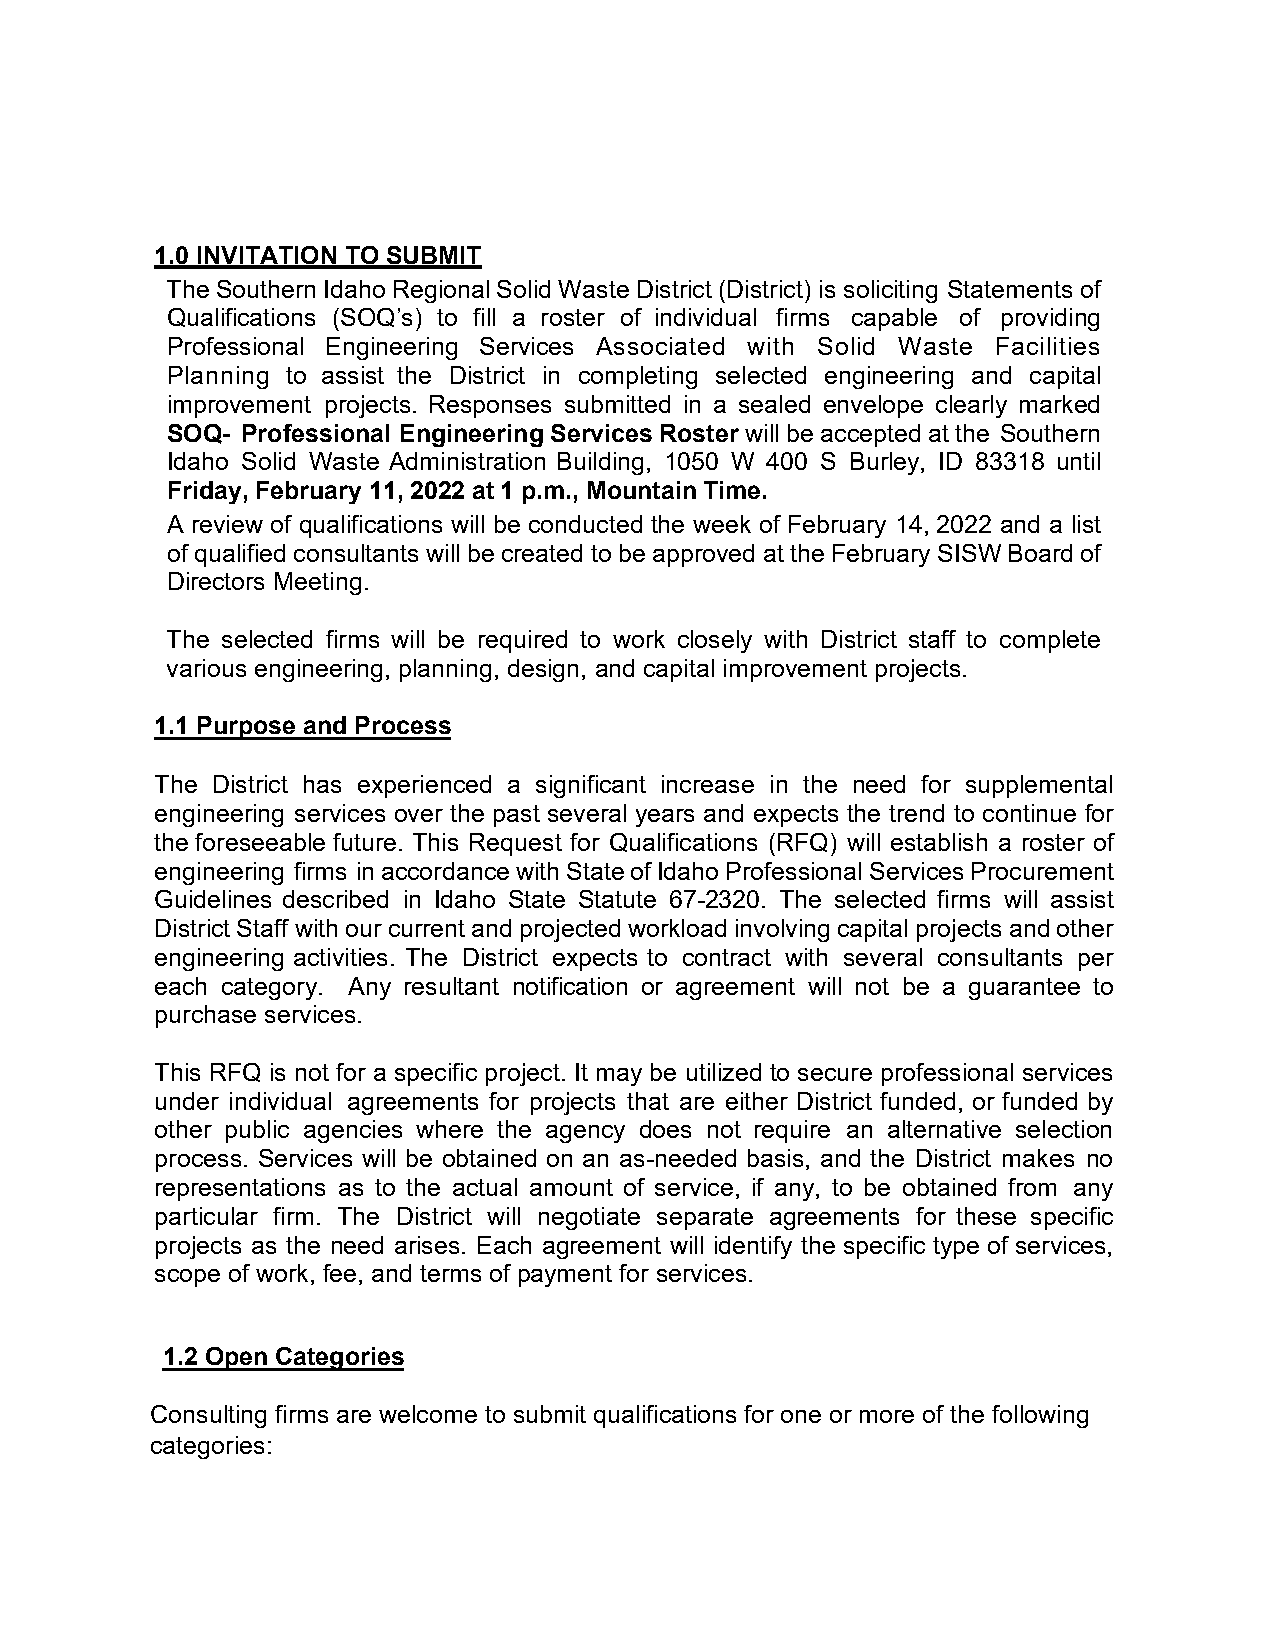
1.0 INVITATION TO SUBMIT
 The Southern Idaho Regional Solid Waste District (District) is soliciting Statements of
 Qualifications (SOQ’s) to fill a roster of individual firms capable of providing
 Professional Engineering Services Associated with Solid Waste Facilities
 Planning to assist the District in completing selected engineering and capital
 improvement projects. Responses submitted in a sealed envelope clearly marked
 SOQ- Professional Engineering Services Roster will be accepted at the Southern
 Idaho Solid Waste Administration Building, 1050 W 400 S Burley, ID 83318 until
 Friday, February 11, 2022 at 1 p.m., Mountain Time.
 A review of qualifications will be conducted the week of February 14, 2022 and a list
 of qualified consultants will be created to be approved at the February SISW Board of
 Directors Meeting.
 The selected firms will be required to work closely with District staff to complete
 various engineering, planning, design, and capital improvement projects.
 1.1 Purpose and Process
 The District has experienced a significant increase in the need for supplemental
 engineering services over the past several years and expects the trend to continue for
 the foreseeable future. This Request for Qualifications (RFQ) will establish a roster of
 engineering firms in accordance with State of Idaho Professional Services Procurement
 Guidelines described in Idaho State Statute 67-2320. The selected firms will assist
 District Staff with our current and projected workload involving capital projects and other
 engineering activities. The District expects to contract with several consultants per
 each category. Any resultant notification or agreement will not be a guarantee to
 purchase services.
 This RFQ is not for a specific project. It may be utilized to secure professional services
 under individual agreements for projects that are either District funded, or funded by
 other public agencies where the agency does not require an alternative selection
 process. Services will be obtained on an as-needed basis, and the District makes no
 representations as to the actual amount of service, if any, to be obtained from any
 particular firm. The District will negotiate separate agreements for these specific
 projects as the need arises. Each agreement will identify the specific type of services,
 scope of work, fee, and terms of payment for services.
 1.2 Open Categories
 Consulting firms are welcome to submit qualifications for one or more of the following
 categories: